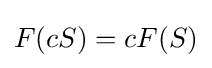
F(cS)=cF(S)